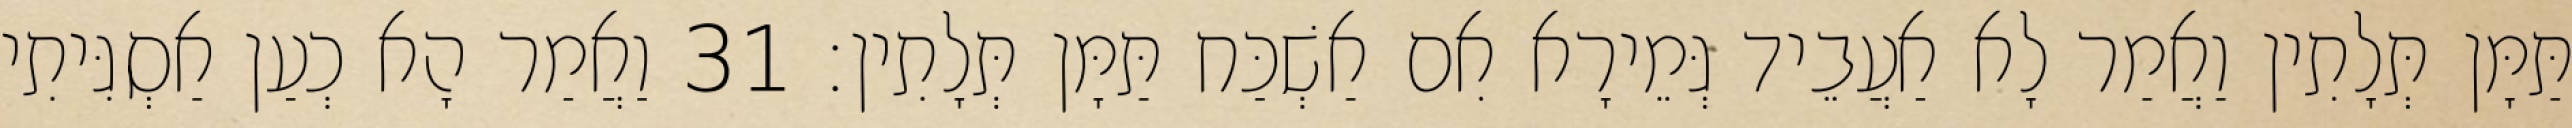
תַּמָּן תְּלָתִין וַאֲמַר לָא אַעֲבֵיד גְּמֵירָא אִם אַשְׁכַּח תַּמָּן תְּלָתִין׃ 31 וַאֲמַר הָא כְעַן אַסְגִּיתִי